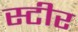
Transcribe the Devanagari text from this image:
स्टीर